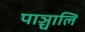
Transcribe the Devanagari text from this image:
पाञ्चालि